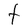
Character: t